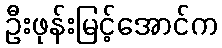
ဦးဖုန်းမြင့်အောင်က